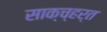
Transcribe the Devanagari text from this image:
साक्च्हर्त